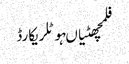
فلمچھٹیاںہوٹلریکارڈ